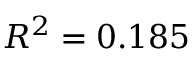
R ^ { 2 } = 0 . 1 8 5